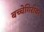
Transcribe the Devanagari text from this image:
बच्चेगिरीवर